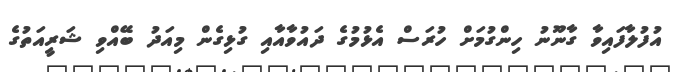
އުފުލާފައިވާ ގާނޫނު ހިންގުމަށް ހުރަސް އެޅުމުގެ ދައުވާއާއި ގުޅިގެން މިއަދު ބޭއްވި ޝަރީއަތުގެ